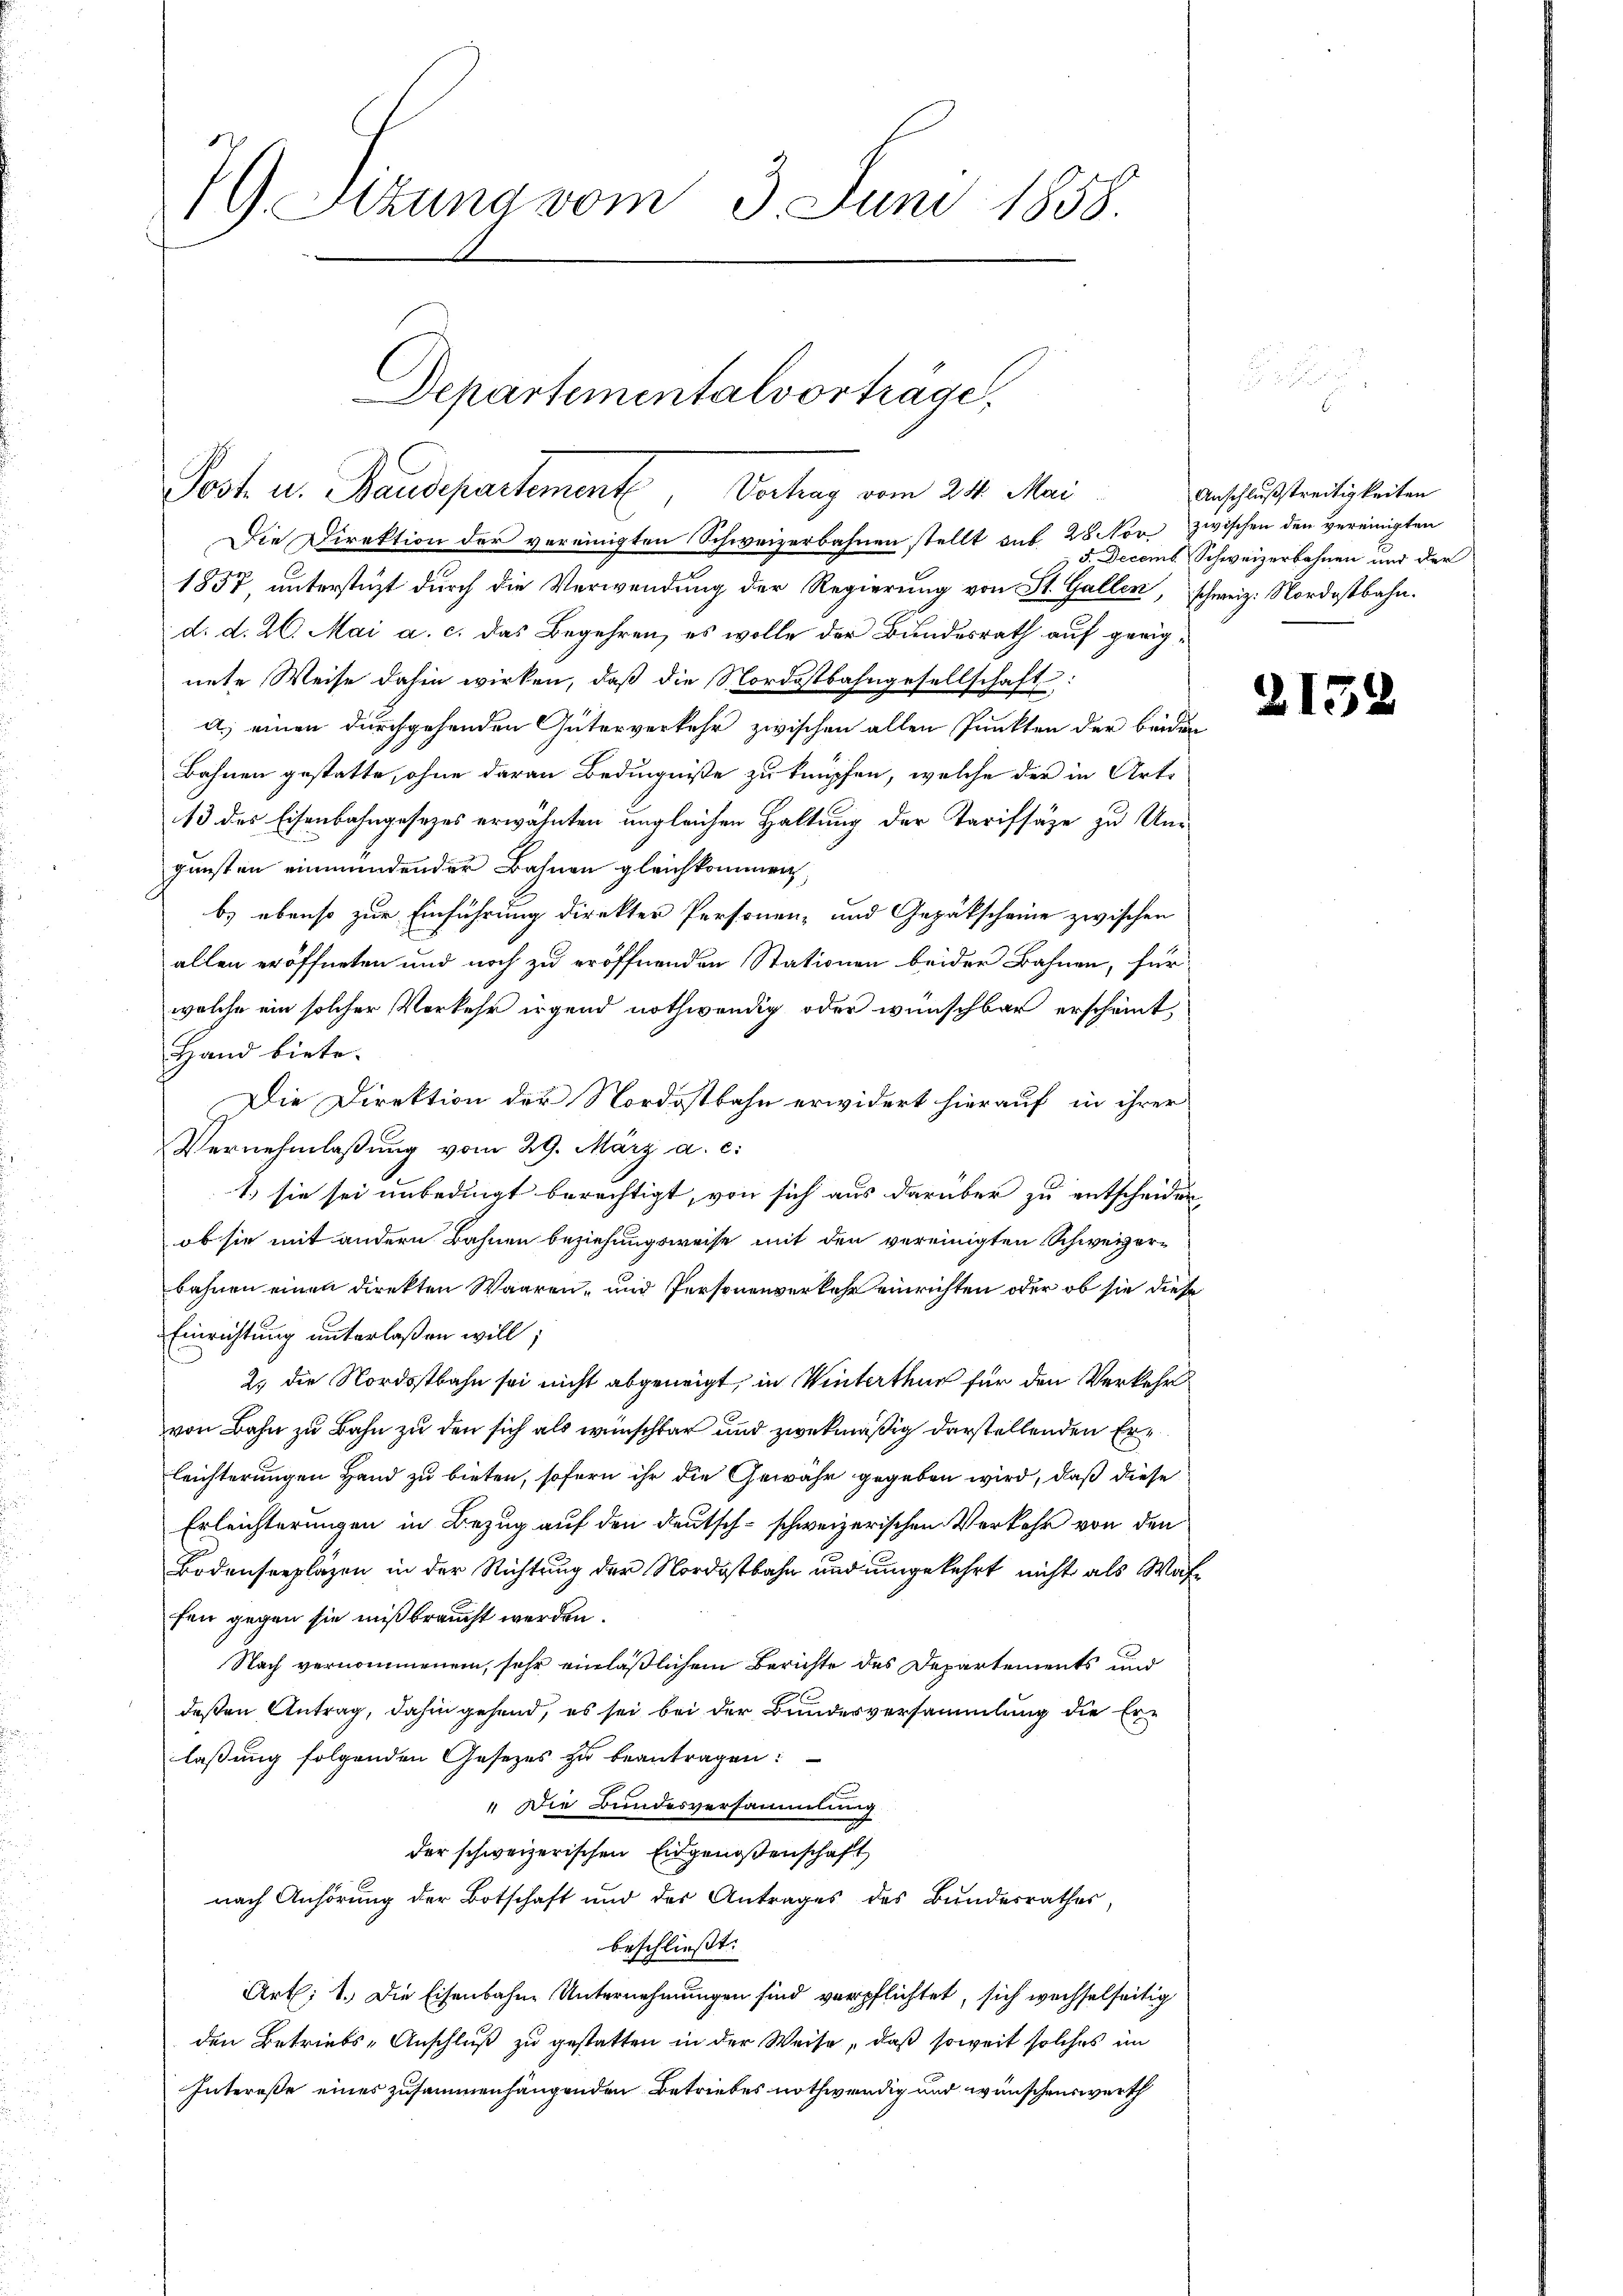
79 Sizung vom 3. Juni 1858.

Departementalvorträge
Post u. Baudepartement am 24. Mei

Die Direktion der vereinigten Schweizerbahnen stellt sub 28 Nov zwischen den vereinigten
1857 unterstüzt durch die Verwendung der Regierung von St. Gallen, schweiz. Nordostbahn.
d. d. 26. Mai a. c. das Begehren, es wolle der Bundesrath auf geeignete Weise dahin wirken, daß die Nordostbahngesellschaft:
a) einen durchgehenden Güterverkehr zwischen allen Punkten der beiden
Bahnen gestatte, ohne daran Bedingniße zu knüpfen, welche der in Art.
13 des Eisenbahngesezes erwähnten ungleichen Haltung der Tarifsäge zu Ungunsten einmündender Bahnen gleichkommen,
b) ebenso zur Einführung direkter Personen- und Gepäckscheine zwischen
allen eröffneten und noch zu eröffnenden Stationen beider Bahnen, für
welche ein solcher Verkehr irgend nothwendig oder wünschbar erscheint,
Hand biete.
Die Direktion der Nordostbahn erwidert hierauf in ihrer
Vernehmlassung vom 29. März a. c.
1. sie sei unbedingt berechtigt, von sich aus darüber zu entscheiden,
ob sie mit andern Bahnen beziehungsweise mit den vereinigten Schweizerbahnen einen direkten Waaren, und Personenverkehr einrichten oder ob sie diese
Einrichtung unterlaßen will;
2. die Nordostbahn sei nicht abgeneigt, in Winterthur für den Verkehr
von Bahn zu Bahn zu den sich als wünschbar und zwekmäßig darstellenden Erleichterungen Hand zu bieten, sofern ihr die Gewähr gegeben wird, daß diese
Erleichterungen in Bezug auf den deutsch-schweizerischen Verkehr von den
Bodenseeplazen in der Richtung der Nordostbahn und umgekehrt nicht als Waffen gegen sie mißbraucht werden.
Nach vernommenem, sehr einläßlichem Berichte des Departements und
deßen Antrag, dahin gehend, es sei bei der Bundesversammlung die Erlaßung folgenden Gesetzes zu beantragen:
" Die Bundesversammlung
der schweizerischen Eidgenossenschaft
nach Anhörung der Botschaft und der Antrages des Bundesrathes,
beschließt:
Art: 1. Die Eisenbahne Unternehmungen sind verpflichtet, sich wechselseitig
den Betriebs-Anschluß zu gestatten in der Weise, daß soweit solches im
Intereße eines zusammenhängenden Betriebes nothwendig und wünschenswerth

Anschlußstreitigkeiten
 5. Decemb. Schweizerbahnen und der

213.

.